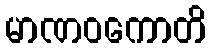
မာဏဝကောတိ